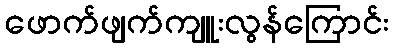
ဖောက်ဖျက်ကျူးလွန်ကြောင်း